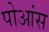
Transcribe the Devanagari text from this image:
पोआंस